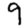
Digit: 9